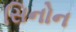
સિનોન